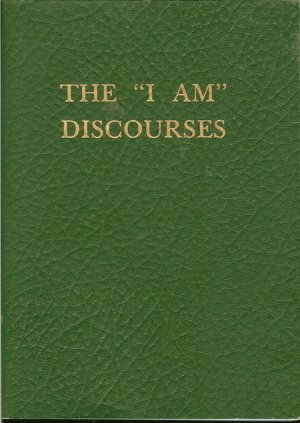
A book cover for The I Am Discourses, Volume 3; Saint Germain; Business & Money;